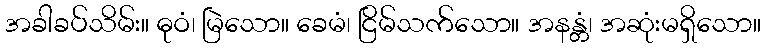
အခါခပ်သိမ်း။ ဓုဝံ၊ မြဲသော။ ခေမံ၊ ငြိမ်သက်သော။ အနန္တံ၊ အဆုံးမရှိသော။